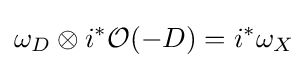
\omega _{D}\otimes i^{*}{\mathcal {O}}(-D)=i^{*}\omega _{X}